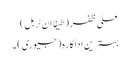
علی ظفر (طیفا ان ٹربل)
بہترین اداکارہ (جیوری) ۔